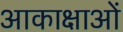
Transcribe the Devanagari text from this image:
आकाक्षाओं